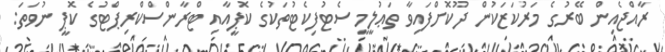
ރާއްޖެއިން ބޭރުގެ މަރުކަޒަކުން ދޫކޮށްފައިވާ ތަޢުލީމީ ސެޓުފިކެޓުތަކުގެ ކޮޕީއާއި ޓްރާންސްކްރިޕްޓުގެ ކޮޕީ ނުވަތަ: